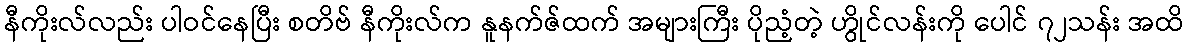
နီကိုးလ်လည်း ပါဝင်နေပြီး စတိဗ် နီကိုးလ်က နူနက်ဇ်ထက် အများကြီး ပိုညံ့တဲ့ ဟွိုင်လန်းကို ပေါင် ၇၂သန်း အထိ